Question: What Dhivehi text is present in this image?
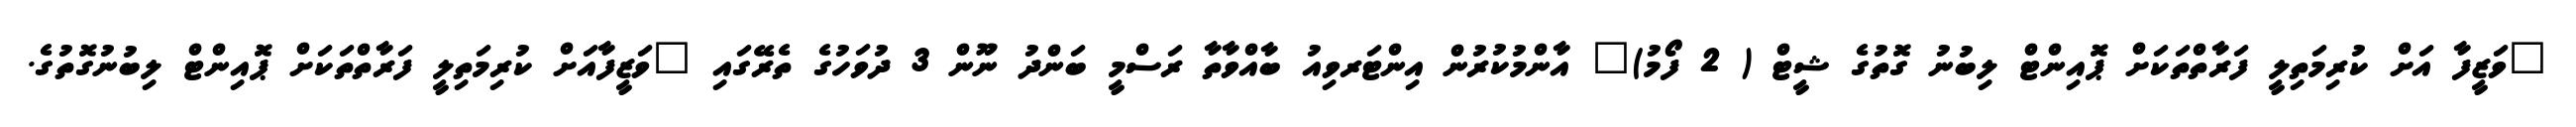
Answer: "ވަޒީފާ އަށް ކުރިމަތިލީ ފަރާތްތަކަށް ޕޮއިންޓް ލިބުނު ގޮތުގެ ޝީޓް ( 2 ފޯމު)" އާންމުކުރުން އިންޓަރވިއު ބާއްވާތާ ރަސްމީ ބަންދު ނޫން 3 ދުވަހުގެ ތެރޭގައި "ވަޒީފާއަށް ކުރިމަތިލީ ފަރާތްތަކަށް ޕޮއިންޓް ލިބުނުގޮތުގެ.